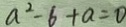
a ^ { 2 } - 6 + a = 0